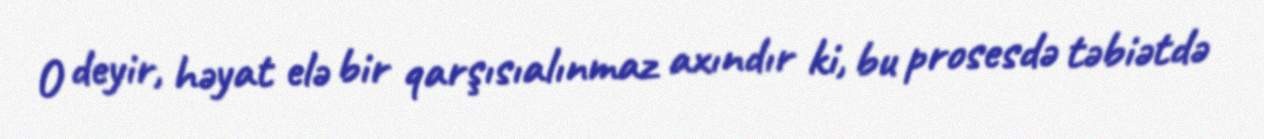
O deyir, həyat elə bir qarşısıalınmaz axındır ki, bu prosesdə təbiətdə